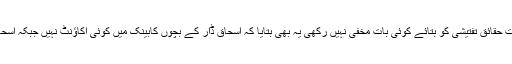
گواہ نے عدالت کو بتایا کہ انہوں نے تمام درست حقائق تفتیشی کو بتائے کوئی بات مخفی نہیں رکھی یہ بھی بتایا کہ اسحاق ڈار کے بچوں کابینک میں کوئی اکاﺅنٹ نہیں جبکہ اسحاق ڈار کا بھی بینک میں ذاتی اکاﺅنٹ نہیں ہے۔